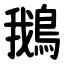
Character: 鵝